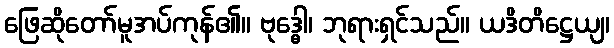
ဖြေဆိုတော်မူအပ်ကုန်၏။ ဗုဒ္ဓေါ၊ ဘုရားရှင်သည်။ ယဒိတိဋ္ဌေယျ၊